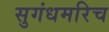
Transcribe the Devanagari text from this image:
सुगंधमरिच